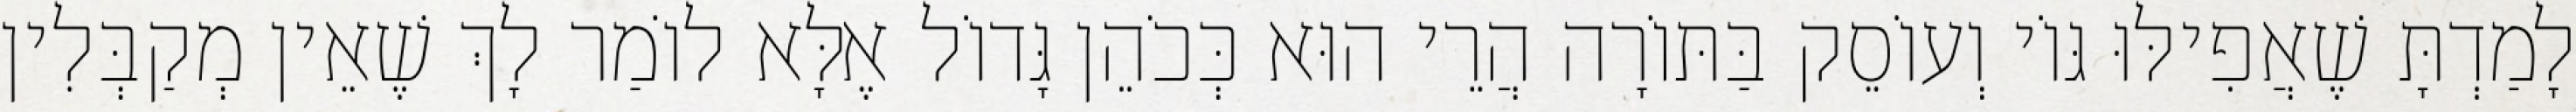
לָמַדְתָּ שֶׁאֲפִילּוּ גּוֹי וְעוֹסֵק בַּתּוֹרָה הֲרֵי הוּא כְּכֹהֵן גָּדוֹל אֶלָּא לוֹמַר לָךְ שֶׁאֵין מְקַבְּלִין